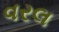
વરલ